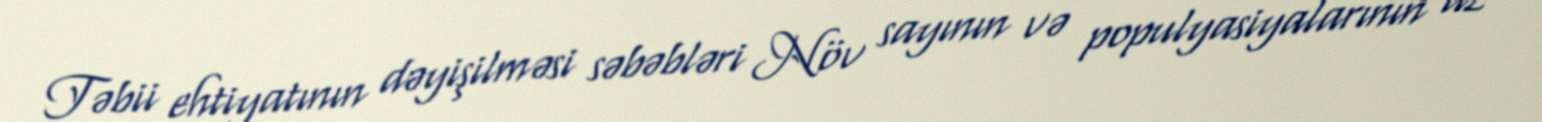
Təbii ehtiyatının dəyişilməsi səbəbləri Növ sayının və populyasiyalarının az